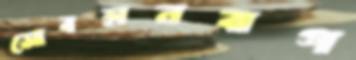
সোবহানবাগ